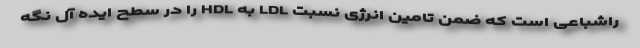
راشباعی است که ضمن تامین انرژی نسبت LDL به HDL را در سطح ایده آل نگه